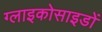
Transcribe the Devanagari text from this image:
ग्लाइकोसाइडों